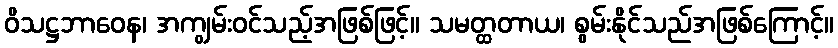
ဝိသဋ္ဌဘာဝေန၊ အကျွမ်းဝင်သည့်အဖြစ်ဖြင့်။ သမတ္ထတာယ၊ စွမ်းနိုင်သည်အဖြစ်ကြောင့်။